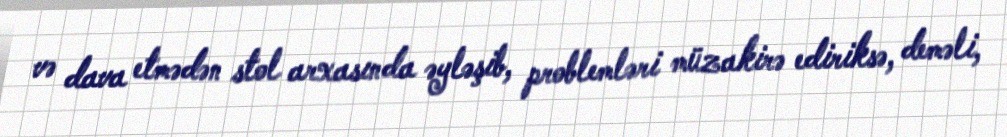
və dava etmədən stol arxasında əyləşib, problemləri müzakirə ediriksə, deməli,